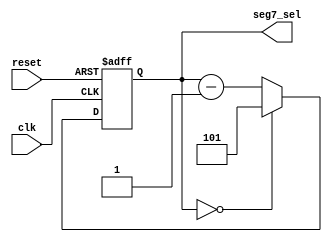
module 		seg7_select(clk,reset,seg7_sel);

parameter	num_use= 6;
input		clk,reset;
output		[2:0]seg7_sel;
reg			[2:0]seg7_sel;

always@ (posedge clk or posedge reset) 
begin
	if(reset)
		seg7_sel = 3'b101; // the rightmost one
	else
		if(seg7_sel == 6 -num_use)
			seg7_sel = 3'b101;
		else
			seg7_sel = seg7_sel-3'b001; // shift left
	end
endmodule